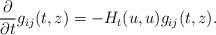
LaTeX: \begin{align*}\frac{\partial}{\partial t}g_{ij}(t,z)=-H_t(u,u)g_{ij}(t,z).\end{align*}